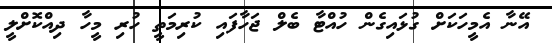
އޭނާ އެމީހަކަށް ގުޅައިގެން ހުއްޓާ ބެލް ޖަހާފައި ކުރިމަތީ ހުރި މީހާ ދިއްކޮށްލީ